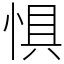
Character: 惧